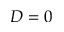
D = 0